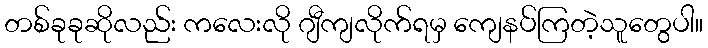
တစ်ခုခုဆိုလည်း ကလေးလို ဂျီကျလိုက်ရမှ ကျေနပ်ကြတဲ့သူတွေပါ။